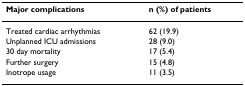
<table><thead><tr><td><b>Major complications</b></td><td><b>n (%) of patients</b></td></tr></thead><tbody><tr><td>Treated cardiac arrhythmias</td><td>62 (19.9)</td></tr><tr><td>Unplanned ICU admissions</td><td>28 (9.0)</td></tr><tr><td>30 day mortality</td><td>17 (5.4)</td></tr><tr><td>Further surgery</td><td>15 (4.8)</td></tr><tr><td>Inotrope usage</td><td>11 (3.5)</td></tr></tbody></table>